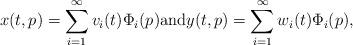
LaTeX: \begin{align*} x(t,p) = \sum_{i=1}^\infty v_i(t) \Phi_i(p) \mbox{and} y(t,p) = \sum_{i=1}^\infty w_i(t) \Phi_i(p) ,\end{align*}